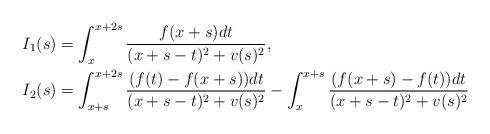
LaTeX: \begin{align*}I_1(s)&=\int_{x}^{x+2s}\frac{f(x+s)dt}{(x+s-t)^2+v(s)^2},\\I_2(s)&=\int_{x+s}^{x+2s}\frac{(f(t)-f(x+s))dt}{(x+s-t)^2+v(s)^2}-\int_{x}^{x+s}\frac{(f(x+s)-f(t))dt}{(x+s-t)^2+v(s)^2}\end{align*}